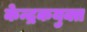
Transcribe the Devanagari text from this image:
केन्द्रकयुक्त